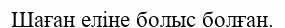
Шаған еліне болыс болған.